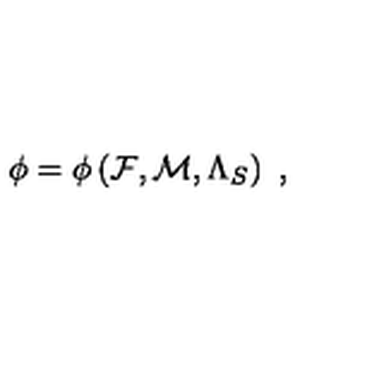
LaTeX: { \cal \phi } = { \cal \phi } \left( { \cal F } , { \cal M } , { \Lambda _ { S } } \right) \ ,